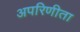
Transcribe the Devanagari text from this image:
अपरिणीता